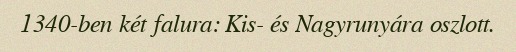
1340-ben két falura: Kis- és Nagyrunyára oszlott.